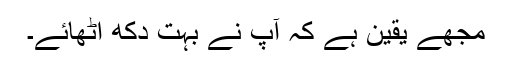
مجھے یقین ہے کہ آپ نے بہت دکھ اٹھائے۔